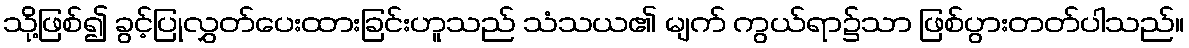
သို့ဖြစ်၍ ခွင့်ပြုလွှတ်ပေးထားခြင်းဟူသည် သံသယ၏ မျက် ကွယ်ရာ၌သာ ဖြစ်ပွားတတ်ပါသည်။